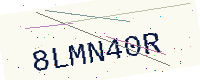
Text: 8LMN40R